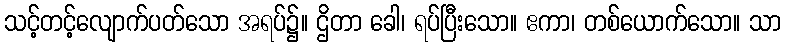
သင့်တင့်လျောက်ပတ်သော အရပ်၌။ ဌိတာ ခေါ၊ ရပ်ပြီးသော။ ဧကာ၊ တစ်ယောက်သော။ သာ